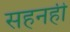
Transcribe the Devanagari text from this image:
सहनही